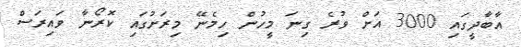
އާބާދީގައި 3000 އަށް ވުރެ ގިނަ މީހުން ހިމެނޭ މިރަށުގައި ކޮރޯނާ ވައިރަސް